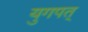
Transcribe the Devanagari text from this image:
युगपत्